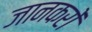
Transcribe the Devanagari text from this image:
जानकरों